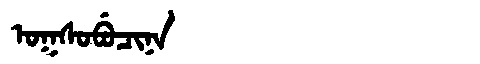
Manchu: ᠣᡴᠰᠣᠪᡠᠴᡳᠨᠠ
Romanization: OKSOBUCINA